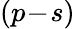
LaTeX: (p\! -\! s)